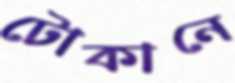
টোকানে